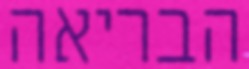
הבריאה